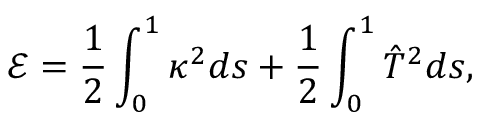
\mathcal { E } = \frac { 1 } { 2 } \int _ { 0 } ^ { 1 } \kappa ^ { 2 } d s + \frac { 1 } { 2 } \int _ { 0 } ^ { 1 } \hat { T } ^ { 2 } d s ,